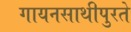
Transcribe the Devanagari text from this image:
गायनसाथीपुरते